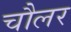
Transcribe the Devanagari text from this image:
चौलर